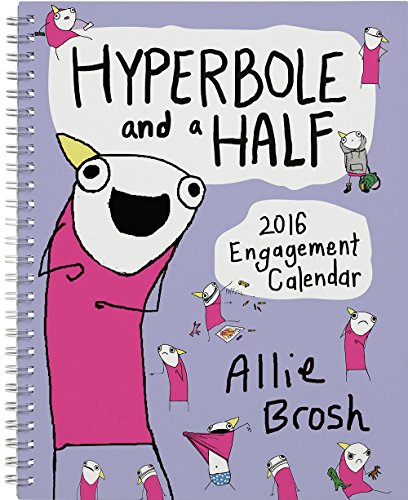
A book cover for Hyperbole and a Half 2016 Engagement Calendar; Allie Brosh; Calendars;